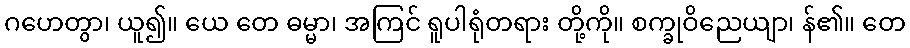
ဂဟေတွာ၊ ယူ၍။ ယေ တေ ဓမ္မာ၊ အကြင် ရူပါရုံတရား တို့ကို။ စက္ခုဝိညေယျာ၊ န်၏။ တေ